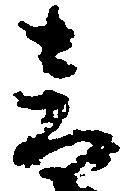
音